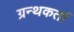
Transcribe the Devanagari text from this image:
ग्रन्थकर्ता